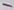
Text: -